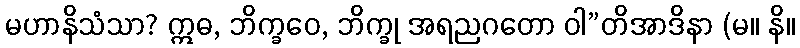
မဟာနိသံသာ? ဣဓ, ဘိက္ခဝေ, ဘိက္ခု အရညဂတော ဝါ”တိအာဒိနာ (မ။ နိ။